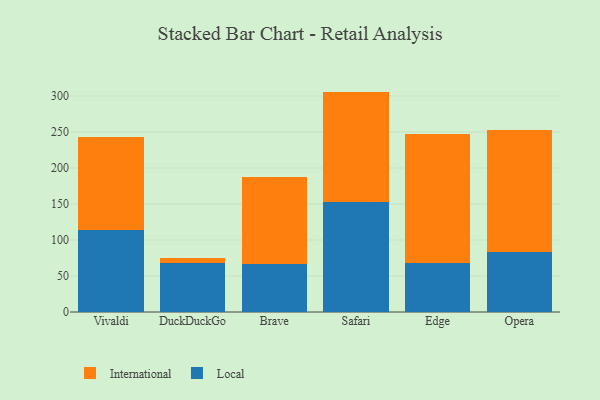
{"axis": {"x": "Browser", "y": "Operating Costs (USD K)"}, "legend": ["International", "Local"], "data": [{"x": "Vivaldi", "y": 114.4, "type": "Local"}, {"x": "Vivaldi", "y": 128.5, "type": "International"}, {"x": "DuckDuckGo", "y": 67.7, "type": "Local"}, {"x": "DuckDuckGo", "y": 7.0, "type": "International"}, {"x": "Brave", "y": 66.1, "type": "Local"}, {"x": "Brave", "y": 121.0, "type": "International"}, {"x": "Safari", "y": 153.3, "type": "Local"}, {"x": "Safari", "y": 152.8, "type": "International"}, {"x": "Edge", "y": 68.4, "type": "Local"}, {"x": "Edge", "y": 179.1, "type": "International"}, {"x": "Opera", "y": 82.7, "type": "Local"}, {"x": "Opera", "y": 169.9, "type": "International"}]}